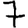
Digit: 7